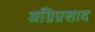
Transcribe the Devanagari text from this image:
अग्निप्रसाद